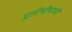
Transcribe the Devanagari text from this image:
प्रतीचीमाजीं